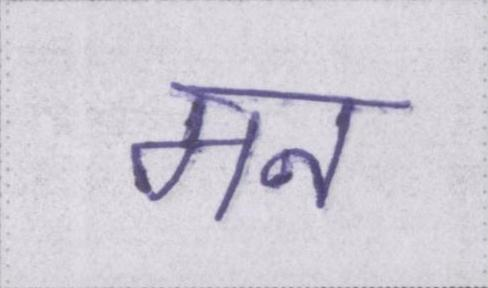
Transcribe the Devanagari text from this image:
मन